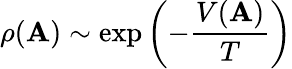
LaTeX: \rho({\mathbf A})\sim\exp\left(-{\frac{V({\mathbf A})}{T}}\right)